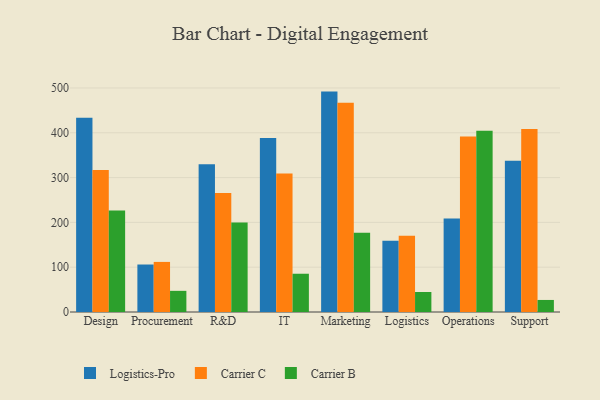
{"axis": {"x": "Department", "y": "Customer Acquisition Cost (USD)"}, "legend": ["Carrier B", "Carrier C", "Logistics-Pro"], "data": [{"x": "Design", "y": 433.7, "type": "Logistics-Pro"}, {"x": "Design", "y": 316.8, "type": "Carrier C"}, {"x": "Design", "y": 226.8, "type": "Carrier B"}, {"x": "Procurement", "y": 106.0, "type": "Logistics-Pro"}, {"x": "Procurement", "y": 111.8, "type": "Carrier C"}, {"x": "Procurement", "y": 47.2, "type": "Carrier B"}, {"x": "R&D", "y": 329.9, "type": "Logistics-Pro"}, {"x": "R&D", "y": 265.6, "type": "Carrier C"}, {"x": "R&D", "y": 199.7, "type": "Carrier B"}, {"x": "IT", "y": 388.3, "type": "Logistics-Pro"}, {"x": "IT", "y": 309.1, "type": "Carrier C"}, {"x": "IT", "y": 85.4, "type": "Carrier B"}, {"x": "Marketing", "y": 491.9, "type": "Logistics-Pro"}, {"x": "Marketing", "y": 467.1, "type": "Carrier C"}, {"x": "Marketing", "y": 176.6, "type": "Carrier B"}, {"x": "Logistics", "y": 158.9, "type": "Logistics-Pro"}, {"x": "Logistics", "y": 170.1, "type": "Carrier C"}, {"x": "Logistics", "y": 44.7, "type": "Carrier B"}, {"x": "Operations", "y": 208.9, "type": "Logistics-Pro"}, {"x": "Operations", "y": 391.9, "type": "Carrier C"}, {"x": "Operations", "y": 404.5, "type": "Carrier B"}, {"x": "Support", "y": 337.4, "type": "Logistics-Pro"}, {"x": "Support", "y": 408.5, "type": "Carrier C"}, {"x": "Support", "y": 26.9, "type": "Carrier B"}]}